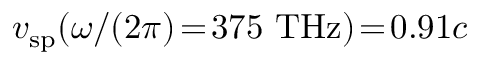
v _ { \mathrm { s p } } ( \omega / ( 2 \pi ) \! = \! 3 7 5 ~ \mathrm { T H z } ) \! = \! 0 . 9 1 c